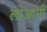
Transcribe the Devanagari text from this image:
लोआर्गी